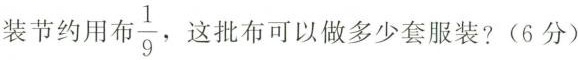
装节约用有\frac{1}{9}这批布可以做多少套服装?(6分)